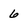
Character: 6